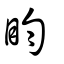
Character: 盷